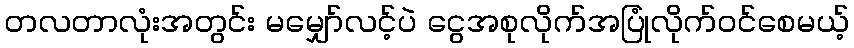
တလတာလုံးအတွင်း မမျှော်လင့်ပဲ ငွေအစုလိုက်အပြုံလိုက်ဝင်စေမယ့်